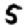
Digit: 5